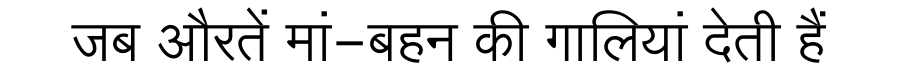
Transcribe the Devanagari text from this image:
जब औरतें मां-बहन की गालियां देती हैं